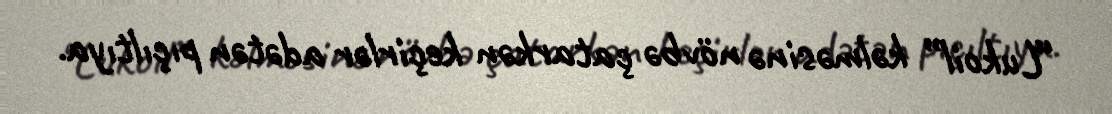
“Lukoil” kəlməsinə növbə çatarkən keçirlər adətən pıçıltıya.